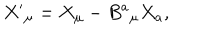
LaTeX: X ^ { \prime } { } _ { \mu } = X _ { \mu } - B ^ { a } { } _ { \mu } X _ { a } ,